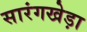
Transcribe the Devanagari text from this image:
सारंगखेड़ा